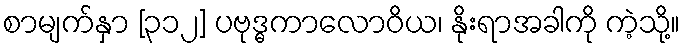
စာမျက်နှာ [၃၁၂] ပဗုဒ္ဓကာလောဝိယ၊ နိုးရာအခါကို ကဲ့သို့။